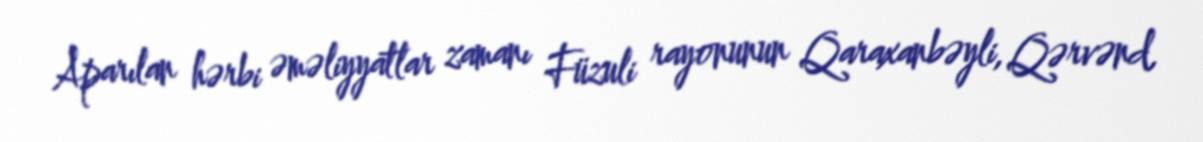
Aparılan hərbi əməliyyatlar zamanı Füzuli rayonunun Qaraxanbəyli, Qərvənd,